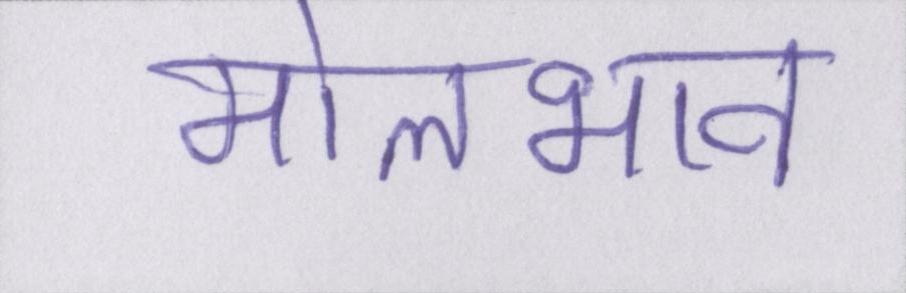
मोलभाव